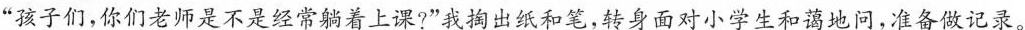
”孩子们。你们老师是不是经常着上课?”我掏出纸和笔，转身面对小学生和蔼地问，准备做记录。